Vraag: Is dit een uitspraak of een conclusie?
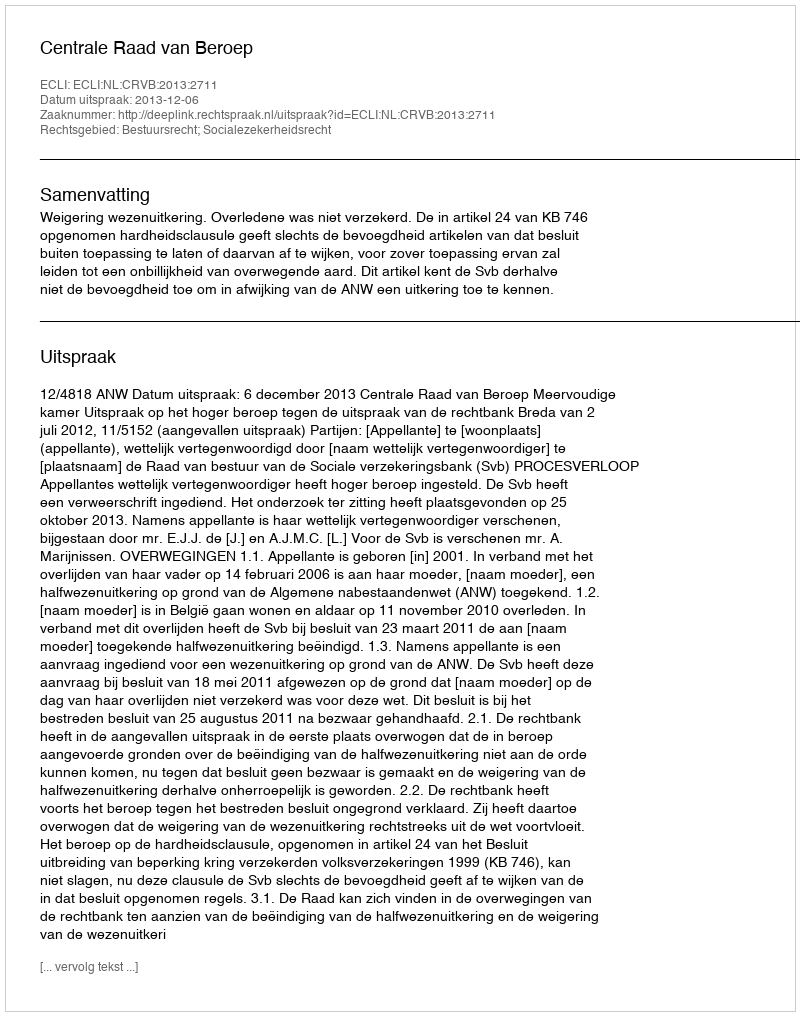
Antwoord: Uitspraak